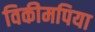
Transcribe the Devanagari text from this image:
विकीमपिया